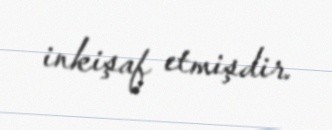
inkişaf etmişdir.